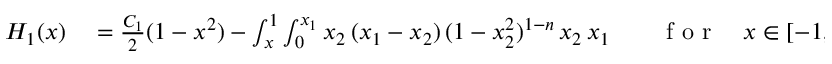
\begin{array} { r l r l } { H _ { 1 } ( x ) } & { { } = \frac { C _ { 1 } } { 2 } ( 1 - x ^ { 2 } ) - \int _ { x } ^ { 1 } \int _ { 0 } ^ { x _ { 1 } } x _ { 2 } \, ( x _ { 1 } - x _ { 2 } ) \, ( 1 - x _ { 2 } ^ { 2 } ) ^ { 1 - n } \, \d x _ { 2 } \, \d x _ { 1 } } & { } & { { } \mathrm { ~ f ~ o ~ r ~ } \quad x \in [ - 1 , 1 ] . } \end{array}